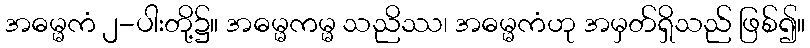
အဓမ္မကံ ၂-ပါးတို့၌။ အဓမ္မကမ္မ သညိဿ၊ အဓမ္မကံဟု အမှတ်ရှိသည် ဖြစ်၍။